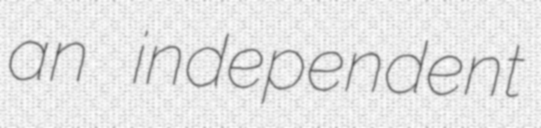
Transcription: an independent